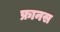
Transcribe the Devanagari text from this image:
फ्रानस